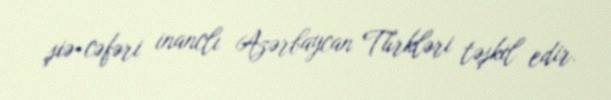
şiə-cəfəri inanclı Azərbaycan Türkləri təşkil edir.